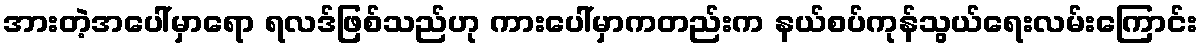
အားတဲ့အပေါ်မှာရော ရလဒ်ဖြစ်သည်ဟု ကားပေါ်မှာကတည်းက နယ်စပ်ကုန်သွယ်ရေးလမ်းကြောင်း